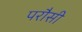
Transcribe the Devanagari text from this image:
परौसी